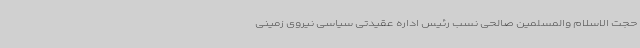
حجت الاسلام والمسلمین صالحی نسب رئیس اداره عقیدتی سیاسی نیروی زمینی